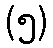
(၅)